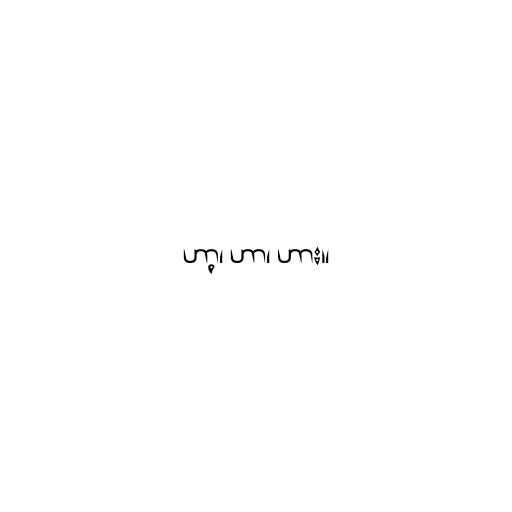
ဟာ့၊ ဟာ၊ ဟား။